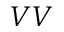
V V